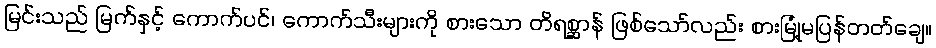
မြင်းသည် မြက်နှင့် ကောက်ပင်၊ ကောက်သီးများကို စားသော တိရစ္ဆာန် ဖြစ်သော်လည်း စားမြုံ့မပြန်တတ်ချေ။